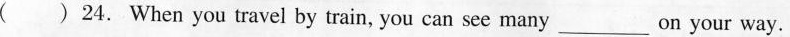
( ) 24. When you travel by train, you can see many ___ on your way.